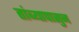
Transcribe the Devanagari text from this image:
तांब्यापासुन